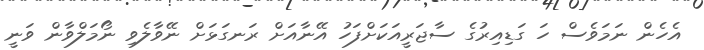
އެހެން ނަމަވެސް ހަ ގަޑިއިރުގެ ސާޖަރީއަކަށްފަހު އޭނާއަށް ރަނގަޅަށް ނޭވާލެވި ނޯމަލްވާން ވަނީ